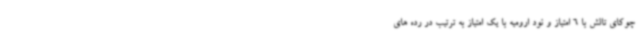
چوکای تالش با 6 امتیاز و نود ارومیه با یک امتیاز به ترتیب در رده های